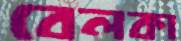
বেলকা